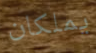
يملكان